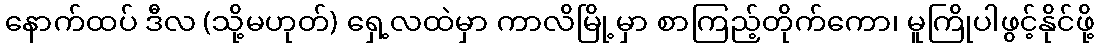
နောက်ထပ် ဒီလ (သို့မဟုတ်) ရှေ့လထဲမှာ ကာလိမြို့မှာ စာကြည့်တိုက်ကော၊ မူကြိုပါဖွင့်နိုင်ဖို့